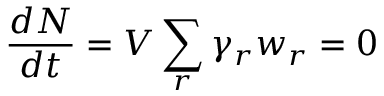
{ \frac { d N } { d t } } = V \sum _ { r } \gamma _ { r } w _ { r } = 0